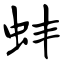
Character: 蚌